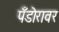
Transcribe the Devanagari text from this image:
पँडोरावर